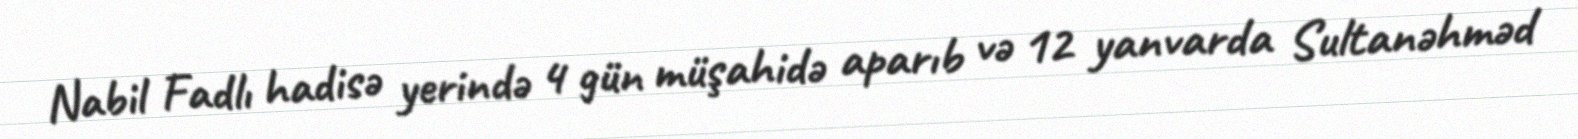
Nabil Fadlı hadisə yerində 4 gün müşahidə aparıb və 12 yanvarda Sultanəhməd